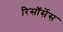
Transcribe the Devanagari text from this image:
रिसॉर्सेस